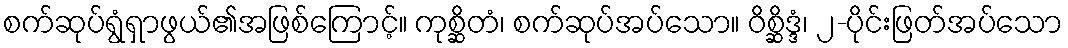
စက်ဆုပ်ရွံရှာဖွယ်၏အဖြစ်ကြောင့်။ ကုစ္ဆိတံ၊ စက်ဆုပ်အပ်သော။ ဝိစ္ဆိဒ္ဒံ၊ ၂-ပိုင်းဖြတ်အပ်သော